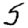
Digit: 5